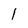
Character: I